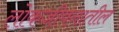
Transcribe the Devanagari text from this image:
लोकजीवनातील